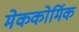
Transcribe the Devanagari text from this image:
मेककोर्मिक